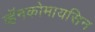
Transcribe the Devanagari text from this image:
व्हॅनकोमायसिन